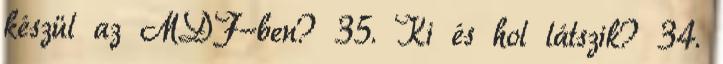
készül az MDF-ben? 35. Ki és hol látszik? 34.